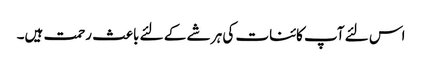
اس لئے آپ کائنات کی ہر شے کے لئے باعث رحمت ہیں۔